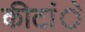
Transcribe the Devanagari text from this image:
कीटांे